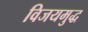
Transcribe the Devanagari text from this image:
विजयमुद्ध